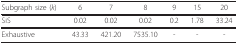
<table><thead><tr><td><b>Subgraph size (<i>k</i>)</b></td><td><b>6</b></td><td><b>7</b></td><td><b>8</b></td><td><b>9</b></td><td><b>15</b></td><td><b>20</b></td></tr></thead><tbody><tr><td>SiS</td><td>0.02</td><td>0.02</td><td>0.02</td><td>0.2</td><td>1.78</td><td>33.24</td></tr><tr><td>Exhaustive</td><td>43.33</td><td>421.20</td><td>7535.10</td><td>-</td><td>-</td><td>-</td></tr></tbody></table>